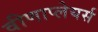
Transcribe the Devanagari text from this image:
वीणाप्लेयर्स